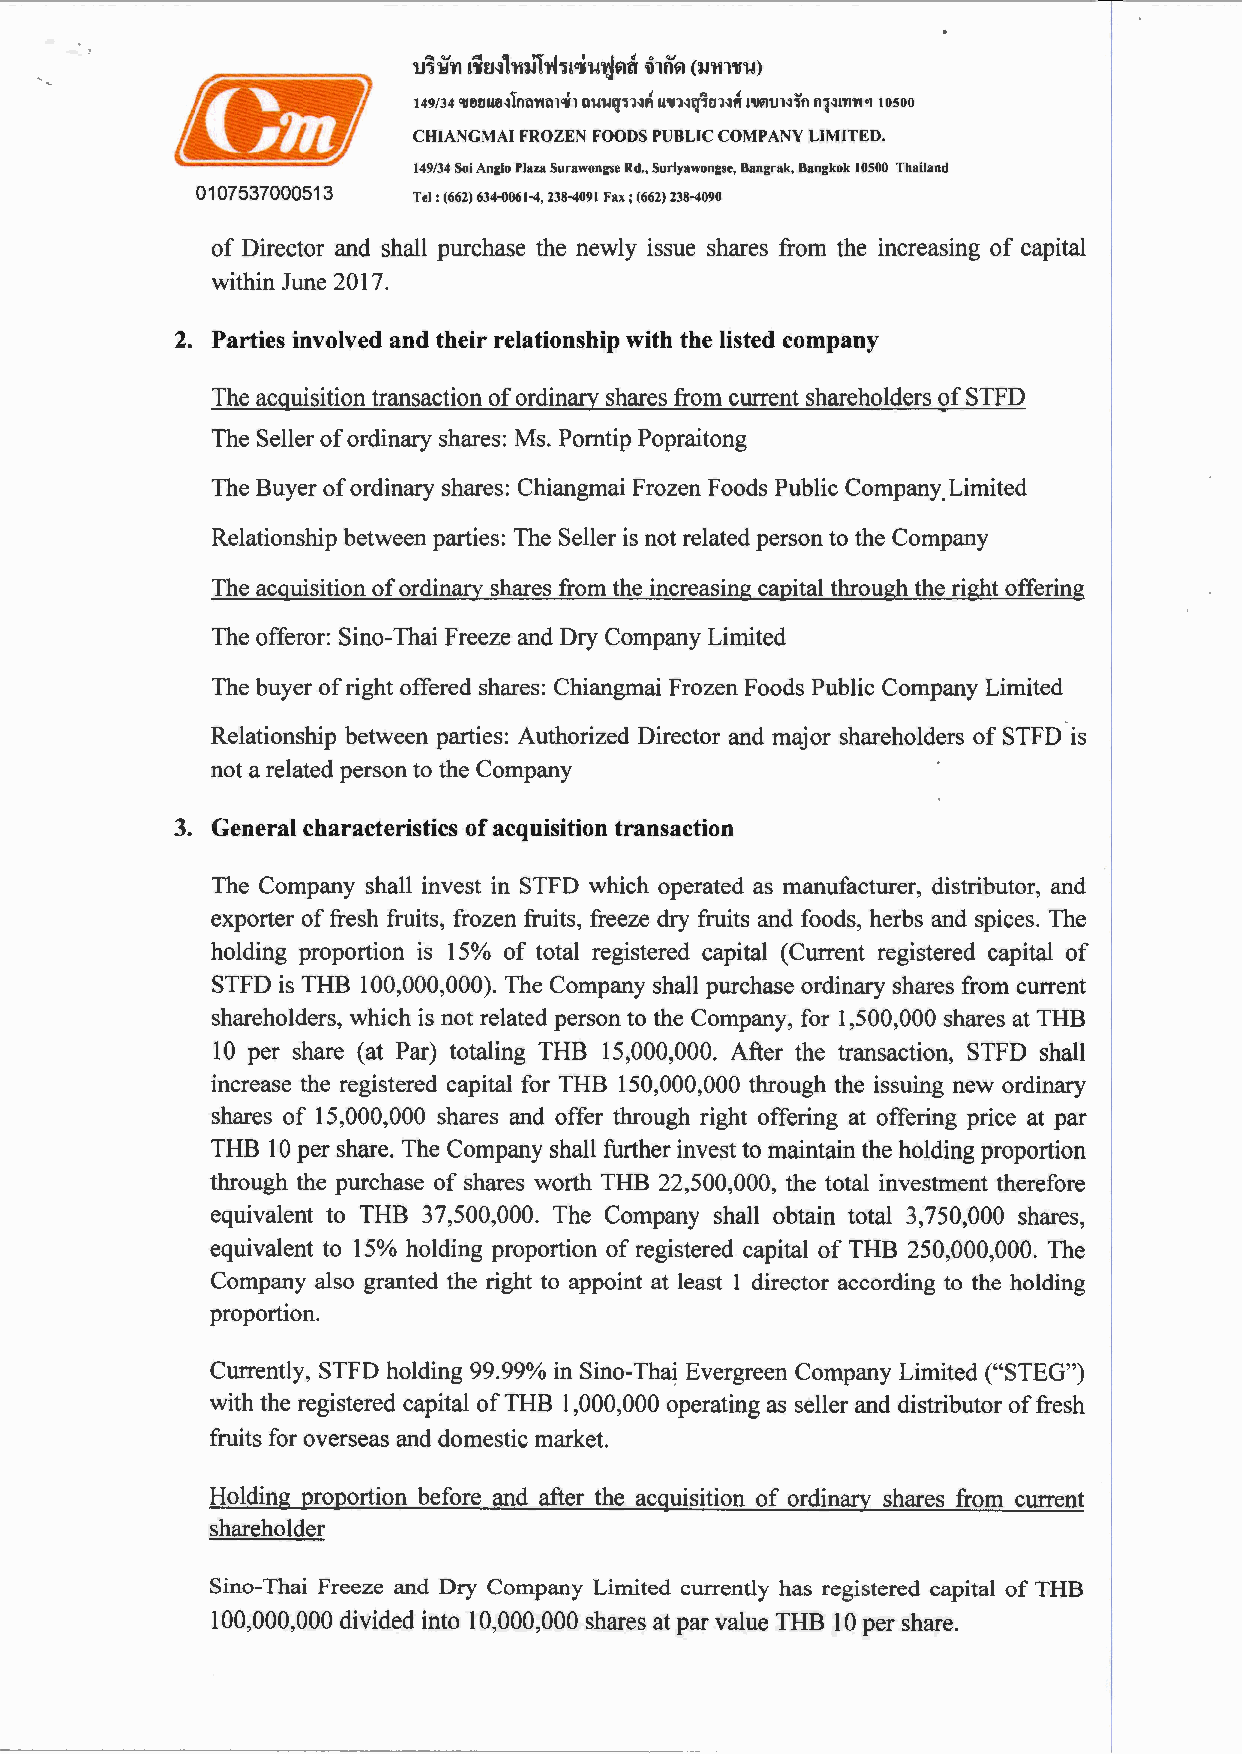
u~~'YI t,;u<.~1'¥1~h-Jwliu~V!tl ~lnVI (~m'llu)
 lt!!/1
 149/34 91M!!!Hl111'1VH'Il'lh tl'U'U~11~~ l!'ln~~1rn~H 1'1Jil1Un1n 111~1'11Vt"' 10500
 CHIANCMAI FROZEN FOODS PUBLIC COMPANY LIMITED.
 149/34 Soi Anglo Plaza Surawongse Rd., Suriyawongse, Bangrak, Bangkok 10500 Thailand
 0107537000513
 Tel: (662) 634-0061-4,238-4091 Fax; (662) 238-4090
 of Director and shall purchase the newly issue shares from the increasing of capital
 within June 2017.
 2. Parties involved and their relationship with the listed company
 The acquisition transaction of ordinary shares from current shareholders of STFD
 The Seller of ordinary shares: Ms. Porntip Popraitong
 The Buyer of ordinary shares: Chiangmai Frozen Foods Public Company_L imited
 Relationship between parties: The Seller is not related person to the Company
 The acquisition of ordinary shares from the increasing capital through the right offering
 The offeror: Sino-Thai Freeze and Dry Company Limited
 The buyer of right offered shares: Chiangmai Frozen Foods Public Company Limited
 Relationship between parties: Authorized Director and major shareholders of STFD is
 not a related person to the Company
 3. General characteristics of acquisition transaction
 The Company shall invest in STFD which operated as manufacturer, distributor, and
 exporter of fresh fruits, frozen fruits, freeze dry fruits and foods, herbs and spices. The
 holding proportion is 15% of total registered capital (Current registered capital of
 STFD is THB 10 0,000,000). The Company shall purchase ordinary shares from current
 shareholders, which is not related person to the Company, for 1,500,000 shares at THB
 10 per share (at Par) totaling THB 15,000,000. After the transaction, STFD shall
 increase the registered capital for THB 150,000,000 through the issuing new ordinary
 shares of 15,000,000 shares and offer through right offering at offering price at par
 THB 10 per share. The Company shall further invest to maintain the holding proportion
 through the purchase of shares worth THB 22,500,000, the total investment therefore
 equivalent to THB 37,500,000. The Company shall obtain total 3,750,000 shares,
 equivalent to 15% holding proportion of registered capital of THB 250,000,000. The
 Company also granted the right to appoint at least 1 director according to the holding
 proportion.
 Currently, STFD holding 99.99% in Sino-Thai Evergreen Company Limited ("STEG")
 with the registered capital of THB 1,000,000 operating as seller and distributor of fresh
 fruits for overseas and domestic market.
 Holding proportion before and after the acquisition of ordinary shares from current
 shareholder
 Sino-Thai Freeze and Dry Company Limited currently has registered capital of THB
 100,000,000 divided into 10,000,000 shares at par value THB 10 per share.